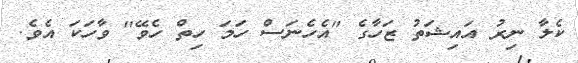
ކެލާ ނިރު އައިޝަތު ޒަހާގެ "އެހެނަސް ހަމަ ހިތް ހެވޭ" ވާހަކަ އެވެ.